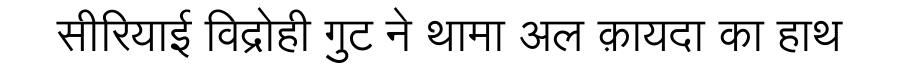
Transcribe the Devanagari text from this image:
सीरियाई विद्रोही गुट ने थामा अल क़ायदा का हाथ